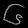
Digit: ၆